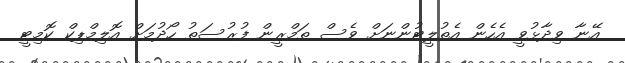
އޭނާ ވިދާޅުވީ އެހެން އެތުލީޓުންނަށް ވެސް ތަމްރީން ފުރުސަތު ހޯދުމަށް އޮލިމްޕިކް ކޮމިޓީ